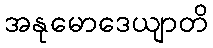
အနုမောဒေယျာတိ